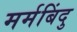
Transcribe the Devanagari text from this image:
मर्मबिंदु